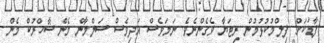
ފާޑަކަށް ފިލްމުކުޅުމުން ރިޓަޔާ ވެގެންނެވެ. ނަމަވެސް އަދިވެސް ސަލްމާން މެން ޝާހްރުކް މެން